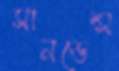
সানডেন্স